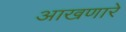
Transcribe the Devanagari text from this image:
आखणारे